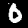
Label: 0